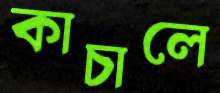
কাচালে